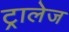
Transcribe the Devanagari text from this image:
ट्रालेज